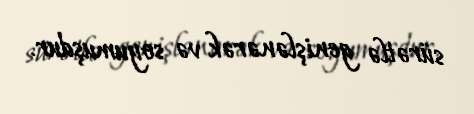
sürətlə genişlənərək və soyumuşdur.